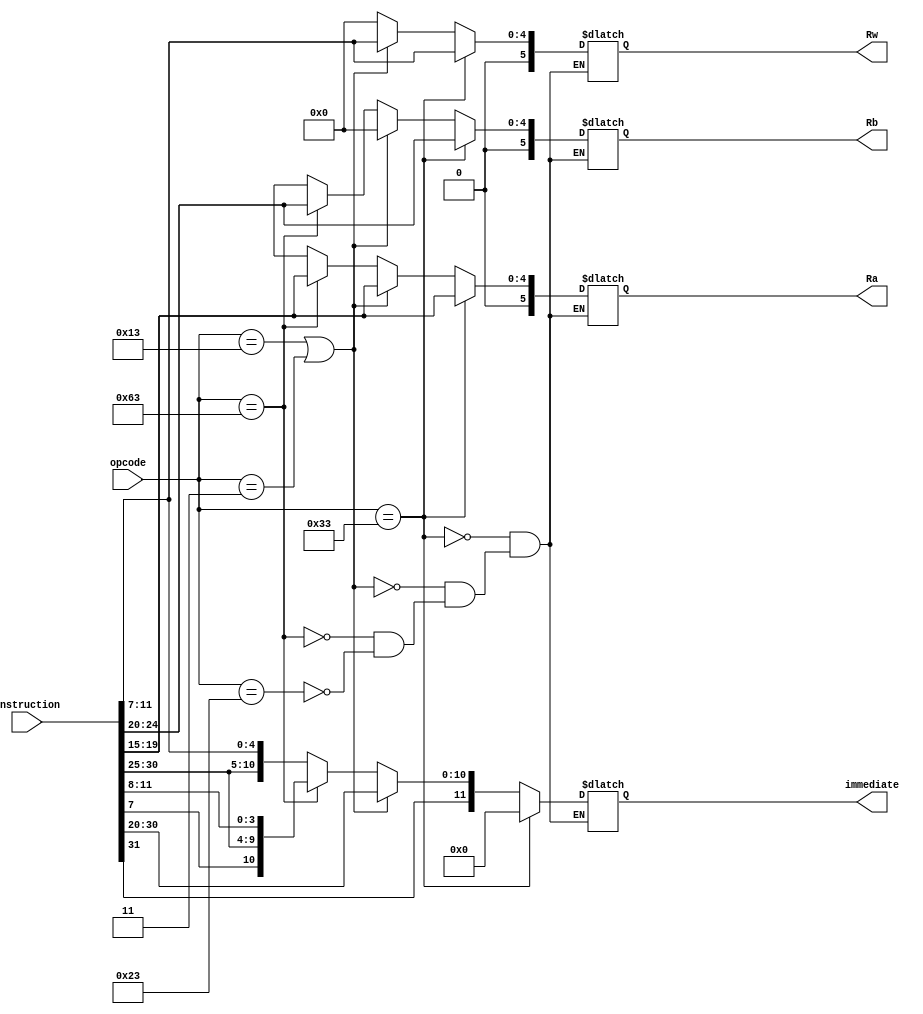
module Generator (              //baseado no opcode, o bloco 'Generator' vai associar cada parte da instrucao a um endereo
    input [6:0] opcode,
    input [31:0] instruction,
    output reg[11:0] immediate,
    output reg[5:0] Ra, Rb, Rw
);
    
    always @(*) begin
        if(opcode == 7'b0110011) begin //R-TYPE
            immediate <= 0;
            Rb <= instruction[24:20];
            Ra <= instruction [19:15];
            Rw <= instruction [11:7];
        end 
        else begin
                if(opcode == 7'b0010011 | opcode == 7'b0000011) begin //I-type LOAD or I-type ADDI
                immediate <= instruction[31:20];
                Rb <= 0;
                Ra <= instruction[19:15];
                Rw <= instruction[11:7];
                end

                else begin
                    if(opcode == 7'b1100011) begin //B-type 
                    immediate <= {instruction[31],instruction[7],instruction[30:25],instruction[11:8]};
                    Rb <= instruction[24:20];
                    Ra <= instruction[19:15];
                    Rw <= 0;

                    end
                    else begin
                        if(opcode == 7'b0100011) begin //S-type ADDI
                        immediate <= {instruction[31:25],instruction[11:7]};
                        Rb <= immediate[24:20];
                        Ra <= immediate[19:15];
                        Rw <= 0;
                        end

                    end
                end
        end
    end

endmodule